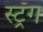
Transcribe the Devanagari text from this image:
स्ट्रँग